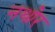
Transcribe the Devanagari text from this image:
नथोर